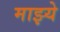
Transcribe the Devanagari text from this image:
माझ्ये